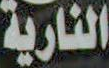
النارية